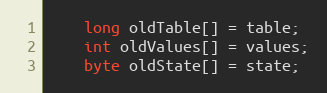
Language: Java
	long oldTable[] = table;
	int oldValues[] = values;
	byte oldState[] = state;